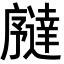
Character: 𫸉